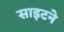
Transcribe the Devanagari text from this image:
साइटने